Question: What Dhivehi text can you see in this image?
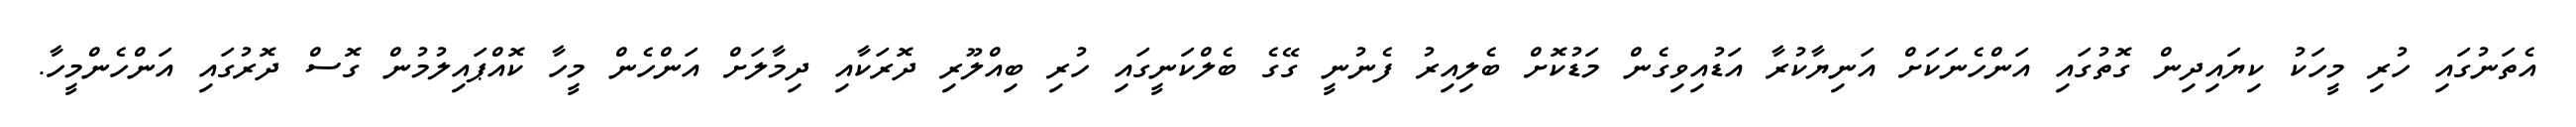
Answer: އެތަނުގައި ހުރި މީހަކު ކިޔައިދިން ގޮތުގައި އަންހެނަކަށް އަނިޔާކުރާ އަޑުއިވިގެން މަޑުކޮށް ބެލިއިރު ފެނުނީ ގޭގެ ބެލްކަނީގައި ހުރި ބިއްލޫރި ދޮރަކާއި ދިމާލަށް އަންހެން މީހާ ކޮއްޕައިލުމުން ގޮސް ދޮރުގައި އަންހެންމީހާ.